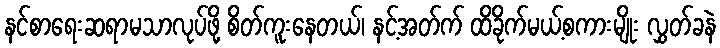
နင်စာရေးဆရာမသာလုပ်ဖို့ စိတ်ကူးနေတယ်၊ နင့်အတ်က် ထိခိုက်မယ့်စကားမျိုး လွှတ်ခနဲ